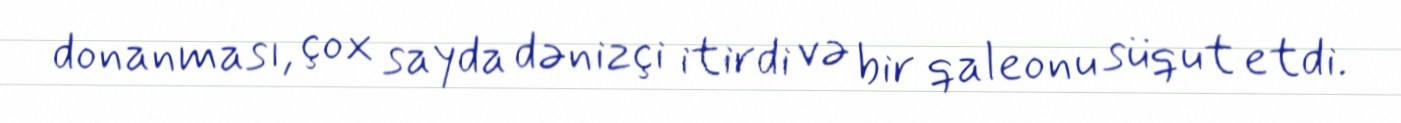
donanması, çox sayda dənizçi itirdi və bir qaleonu süqut etdi.